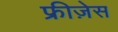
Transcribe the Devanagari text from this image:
फ्रीज़ेस